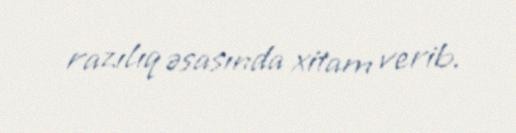
razılıq əsasında xitam verib.